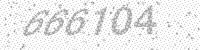
Solution: 666104